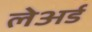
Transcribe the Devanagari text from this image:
लेअर्ड